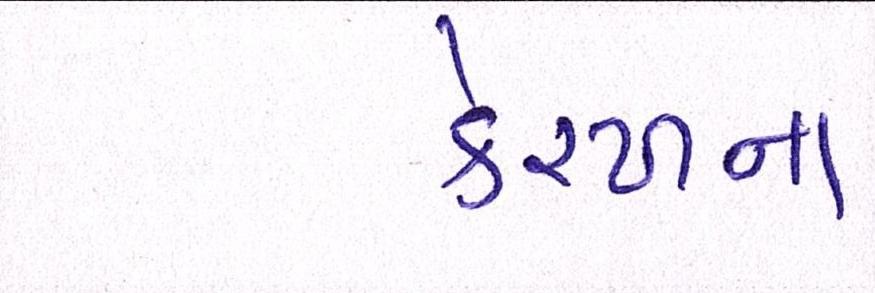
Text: કેરળના